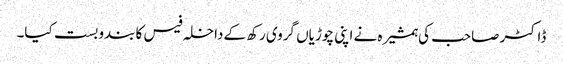
ڈاکٹر صاحب کی ہمشیرہ نے اپنی چوڑیاں گروی رکھ کے داخلہ فیس کا بندوبست کیا۔